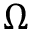
\Omega